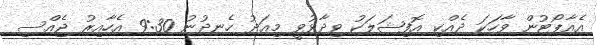
އެއާޕޯޓުން ވާހަކަ ދެއްކި އޮފިޝަލަކު ވިދާޅުވީ މިއަދު ހެނދުނު 9:30 އެހާއިރު ޖެއްސި